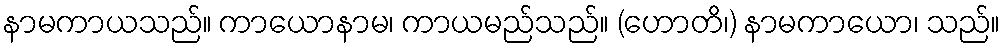
နာမကာယသည်။ ကာယောနာမ၊ ကာယမည်သည်။ (ဟောတိ၊) နာမကာယော၊ သည်။